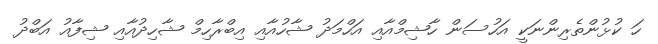
ހަ ކުޅުންތެރިންނަކީ އަހުސަން ހާޝިމްއާއި އަހްމަދު ޝާހުއާއި އިބްރާހިމް ޝާހިދުއާއި ޝިފާއު އަބްދު